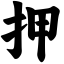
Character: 押